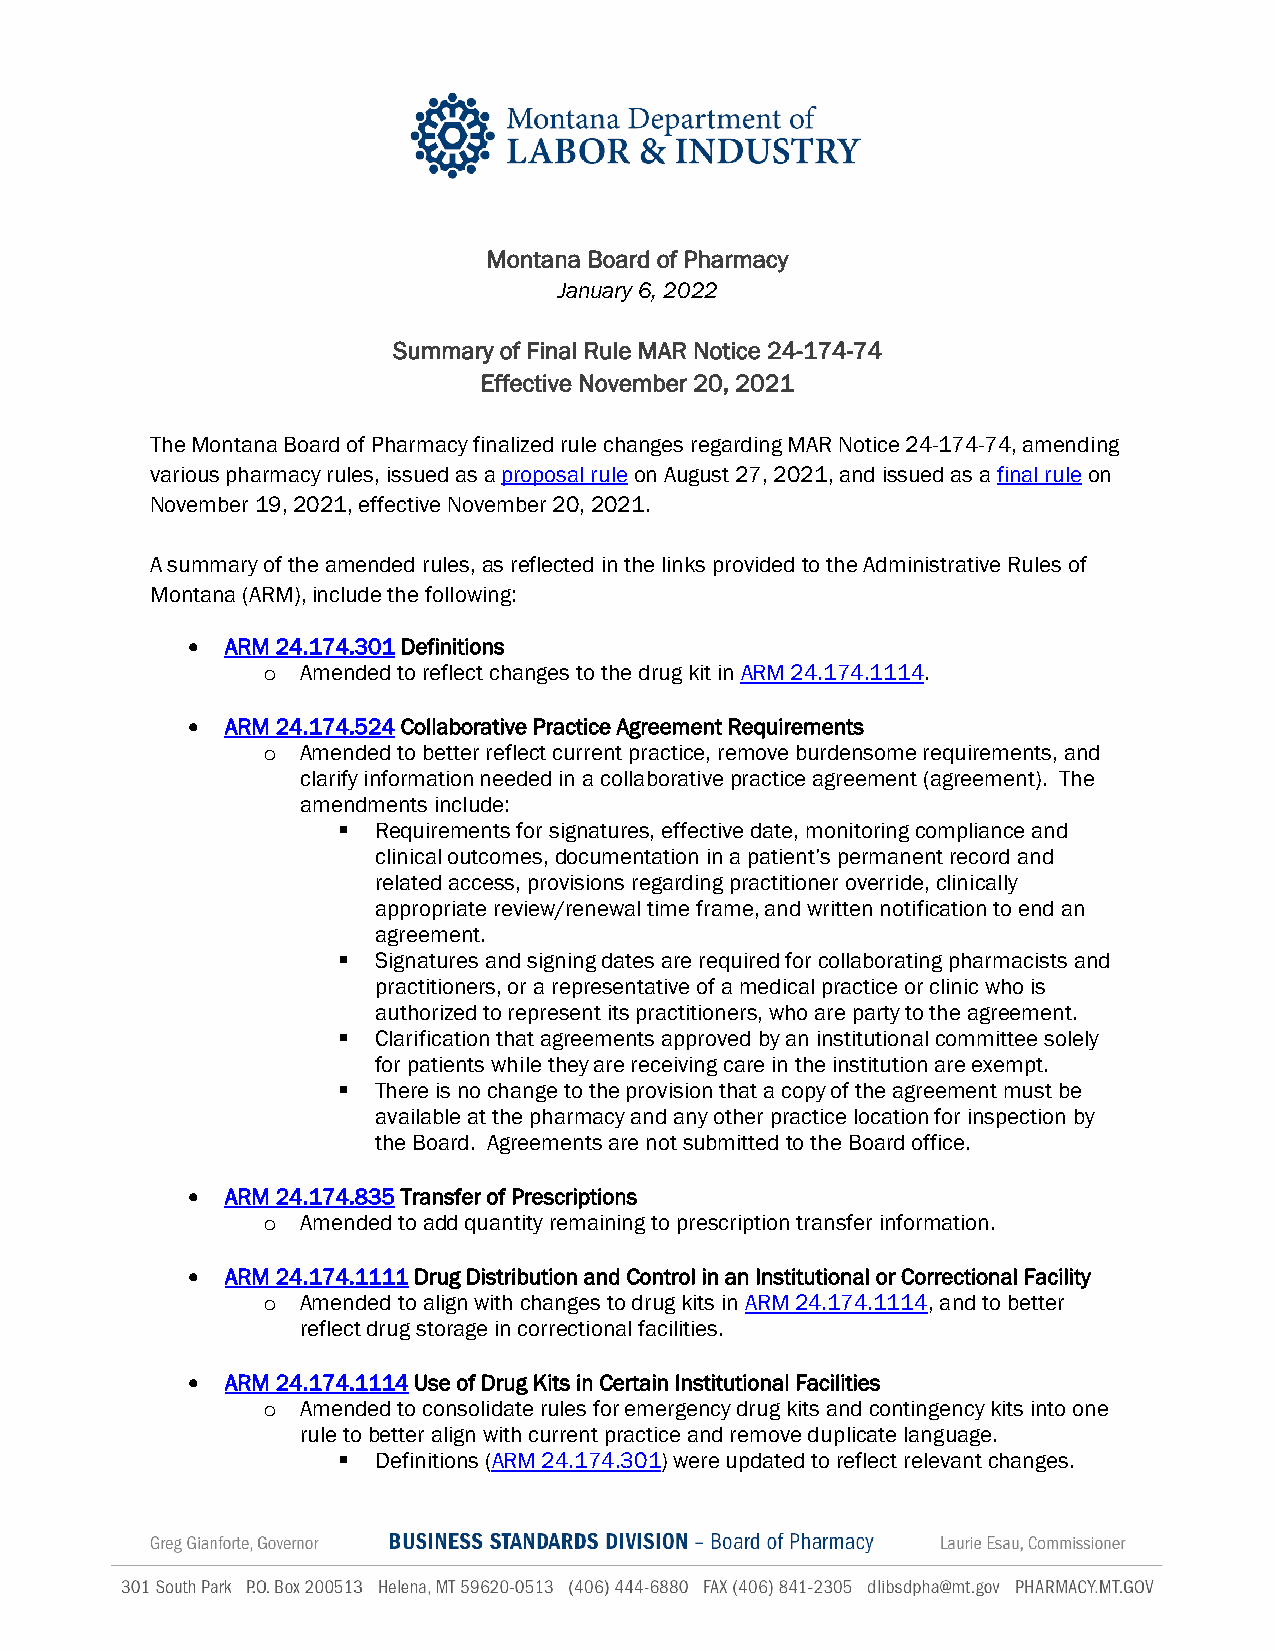
Montana Board of Pharmacy
 January 6, 2022
 Summary of Final Rule MAR Notice 24-174-74
 Effective November 20, 2021
 The Montana Board of Pharmacy finalized rule changes regarding MAR Notice 24-174-74, amending
 various pharmacy rules, issued as a proposal rule on August 27, 2021, and issued as a final rule on
 November 19, 2021, effective November 20, 2021.
 A summary of the amended rules, as reflected in the links provided to the Administrative Rules of
 Montana (ARM), include the following:
 •  ARM 24.174.301 Definitions
 Amended to reflect changes to the drug kit in ARM 24.174.1114.
 o
 •  ARM 24.174.524 Collaborative Practice Agreement Requirements
 Amended to better reflect current practice, remove burdensome requirements, and
 o
 clarify information needed in a collaborative practice agreement (agreement). The
 amendments include:
   Requirements for signatures, effective date, monitoring compliance and
 clinical outcomes, documentation in a patient’s permanent record and
 related access, provisions regarding practitioner override, clinically
 appropriate review/renewal time frame, and written notification to end an
 agreement.
   Signatures and signing dates are required for collaborating pharmacists and
 practitioners, or a representative of a medical practice or clinic who is
 authorized to represent its practitioners, who are party to the agreement.
   Clarification that agreements approved by an institutional committee solely
 for patients while they are receiving care in the institution are exempt.
   There is no change to the provision that a copy of the agreement must be
 available at the pharmacy and any other practice location for inspection by
 the Board. Agreements are not submitted to the Board office.
 •  ARM 24.174.835 Transfer of Prescriptions
 Amended to add quantity remaining to prescription transfer information.
 o
 •  ARM 24.174.1111 Drug Distribution and Control in an Institutional or Correctional Facility
 Amended to align with changes to drug kits in ARM 24.174.1114, and to better
 o
 reflect drug storage in correctional facilities.
 •  ARM 24.174.1114 Use of Drug Kits in Certain Institutional Facilities
 Amended to consolidate rules for emergency drug kits and contingency kits into one
 o
 rule to better align with current practice and remove duplicate language.
   Definitions (ARM 24.174.301) were updated to reflect relevant changes.